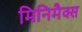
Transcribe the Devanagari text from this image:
मिनिमैक्स